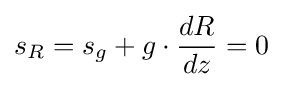
s_{R}=s_{g}+g\cdot {dR \over dz}=0